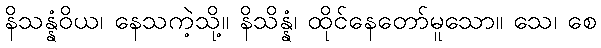
နိသန္နံဝိယ၊ နေသကဲ့သို့။ နိသိန္နံ၊ ထိုင်နေတော်မူသော။ သေ၊ စေ